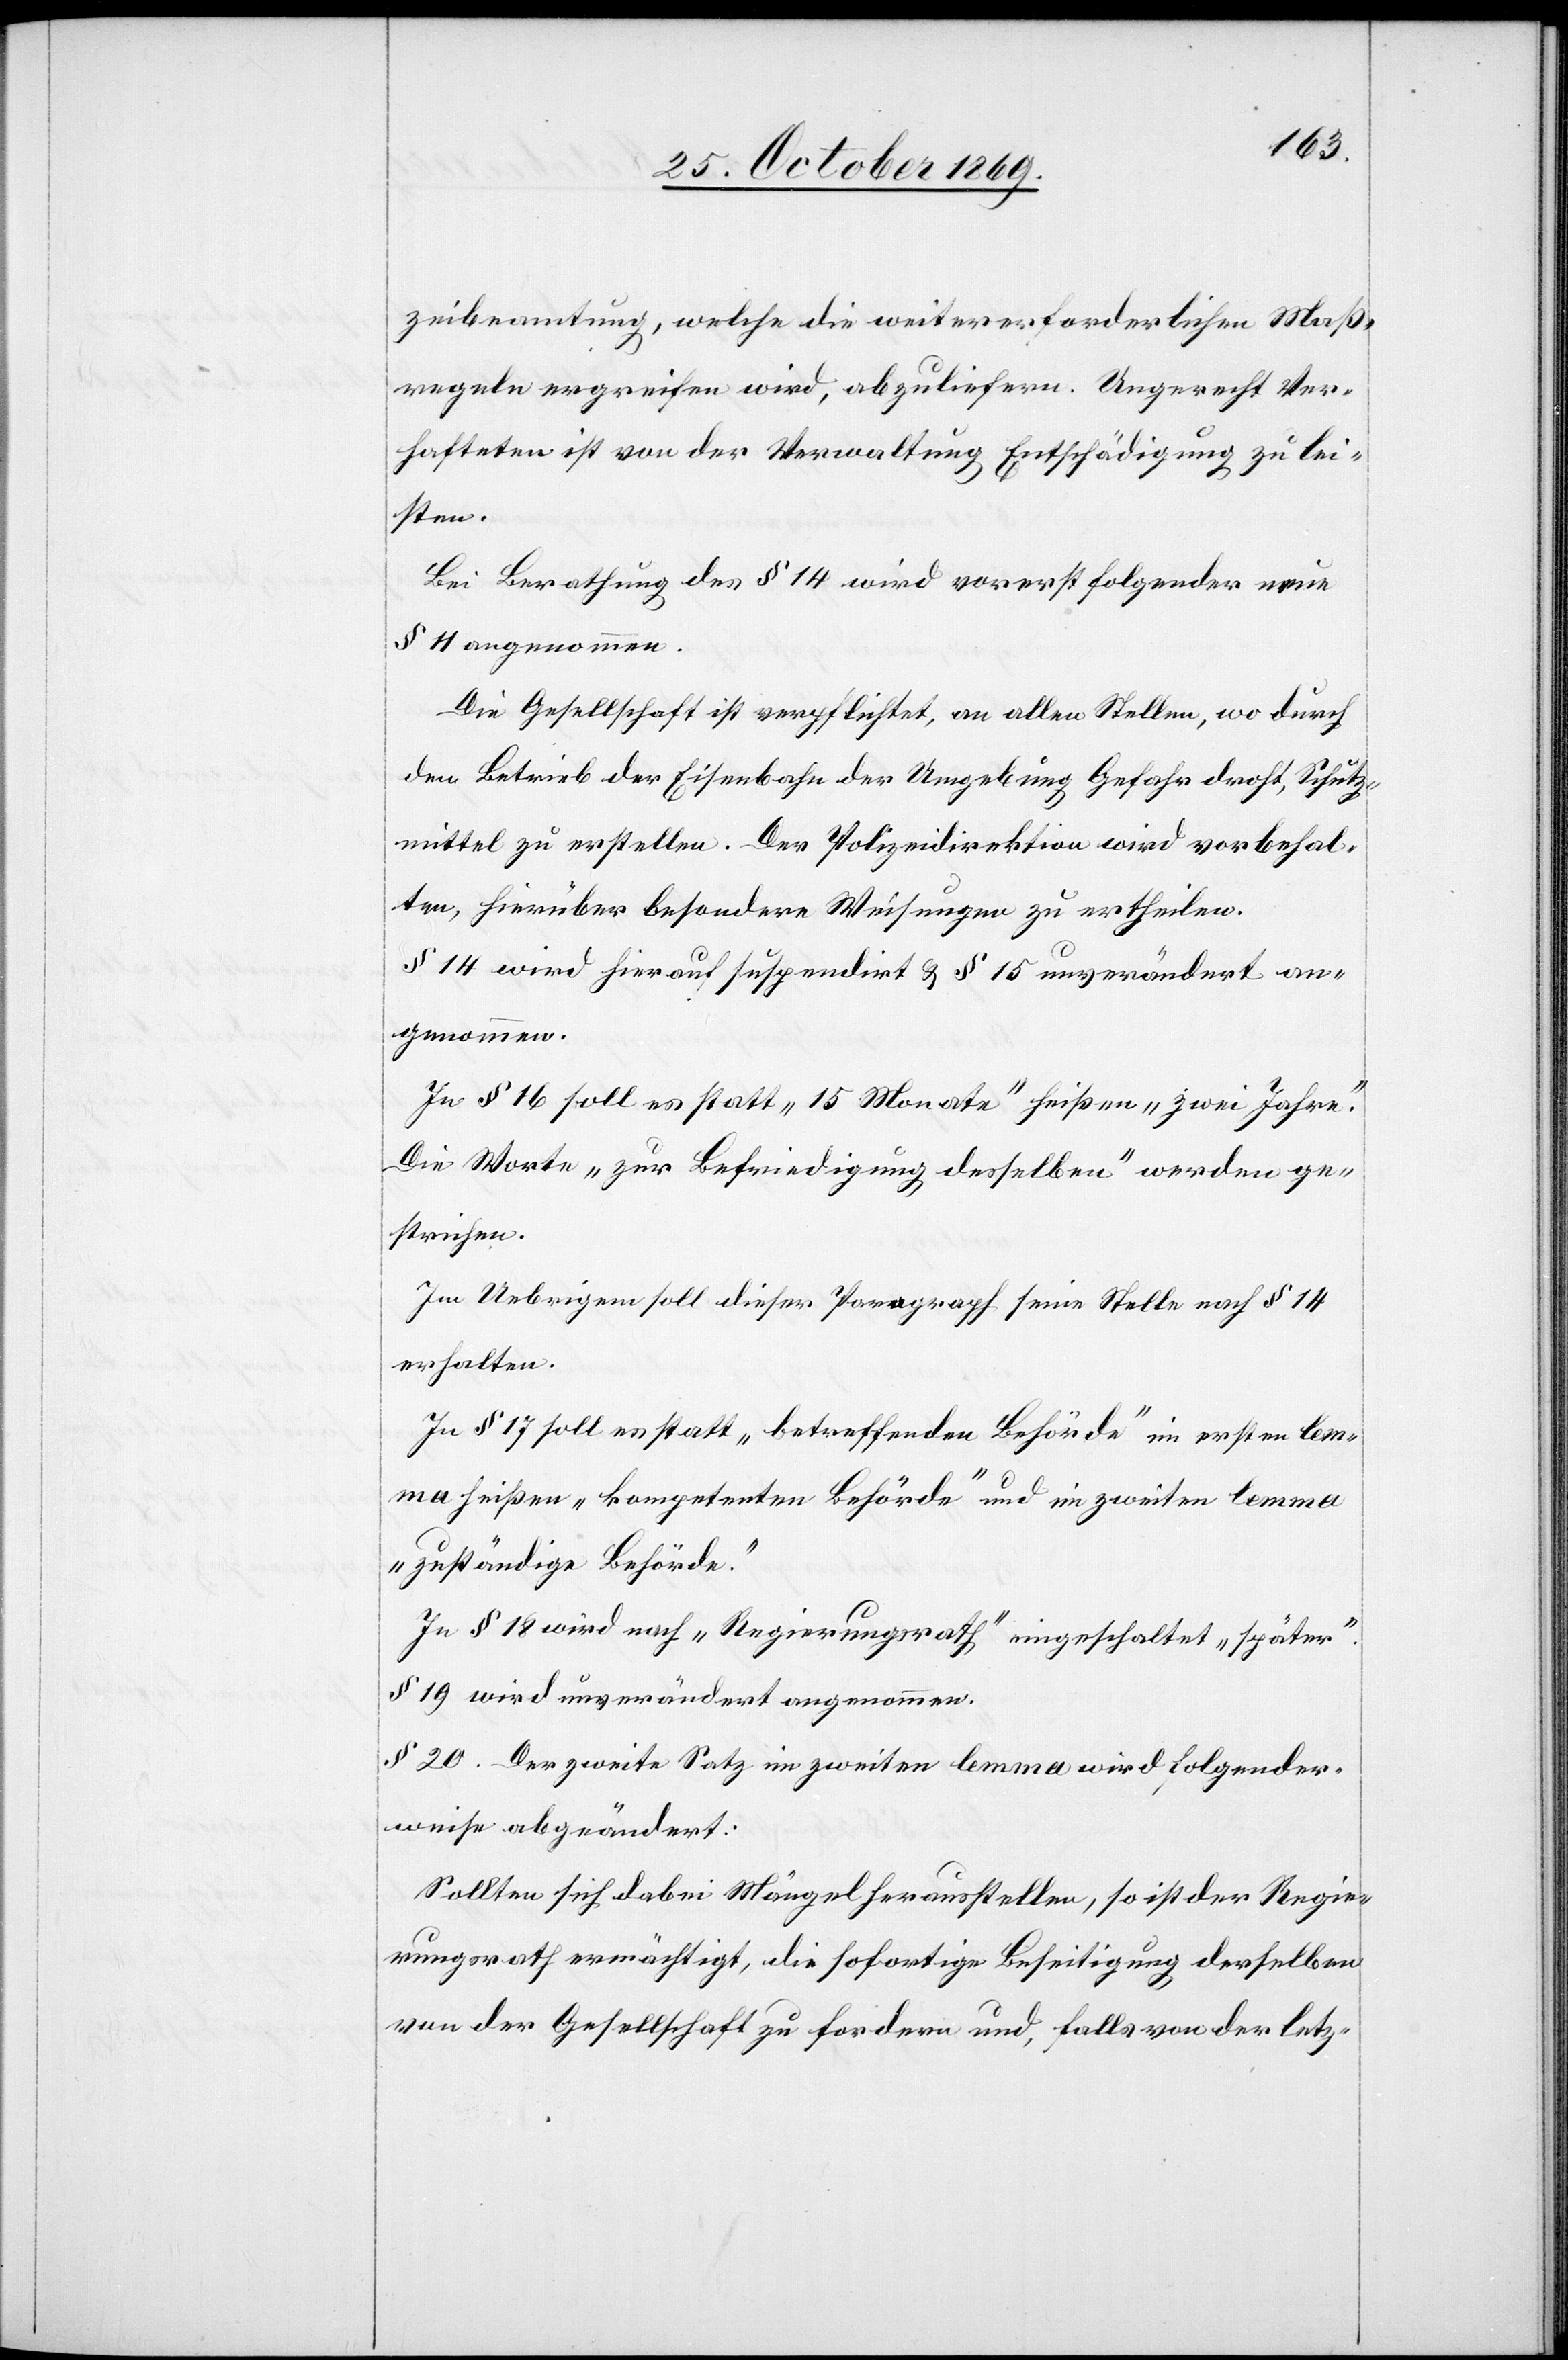
zeibeamtung, welche die weiter erforderlichen Maß¬
regeln ergreifen wird, abzuliefern. Ungerecht Ver¬
hafteten ist von der Verwaltung Entschädigung zu lei¬
sten.
Bei Berathung des § 14 wird vorerst folgender neue
§ 11 angenommen.
Die Gesellschaft ist verpflichtet, an allen Stellen, wo durch
den Betrieb der Eisenbahn der Umgebung Gefahr droht, Schutz¬
mittel zu erstellen. Der Polizeidirektion wird vorbehal¬
ten, hierüber besondere Weisungen zu ertheilen.
§ 14 wird hierauf suspendirt & § 15 unverändert an¬
genommen.
In § 16 soll es statt „15 Monate“ heißen „zwei Jahre“.
Die Worte „zur Befriedigung desselben“ werden ge¬
strichen.
Im Uebrigen soll dieser Paragraph seine Stelle nach § 14
erhalten.
In § 17 soll es statt „betreffenden Behörde“ im ersten lem¬
ma heißen „kompetenten Behörde“ und im zweiten lemma
„zuständige Behörde“.
In § 18 wird nach „Regierungsrath“ eingeschaltet „später“.
§ 19 wird unverändert angenommen.
§ 20. Der zweite Satz im zweiten lemma wird folgender¬
weise abgeändert:
Sollten sich dabei Mängel herausstellen, so ist der Regie¬
rungsrath ermächtigt, die sofortige Beseitigung derselben
von der Gesellschaft zu fordern und, falls von der letz-